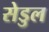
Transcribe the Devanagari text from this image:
सेडुल